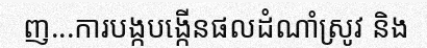
ញ...ការបង្កបង្កើនផលដំណាំស្រូវ និង